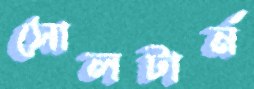
সোলটার্ন